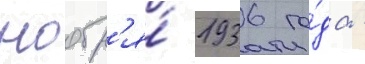
ноабр'я́ 1936 го́да -